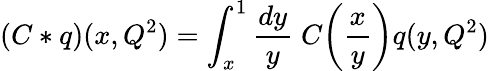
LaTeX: (C*q)(x,Q^{2})=\int_{x}^{1}\frac{dy}{y}\; C\! \left(\frac{x}{y}\right)q(y,Q^{2})